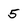
Character: 5